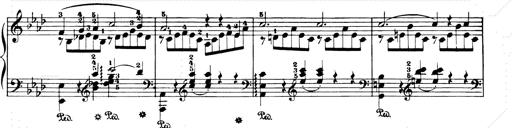
Title: Consolations and LiebestrÃ¤ume for the Piano
Composer: Franz Liszt